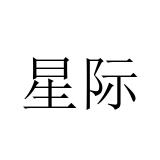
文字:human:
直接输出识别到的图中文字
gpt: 星际